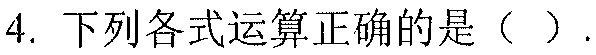
4. 下列各式运算正确的是（  ）.